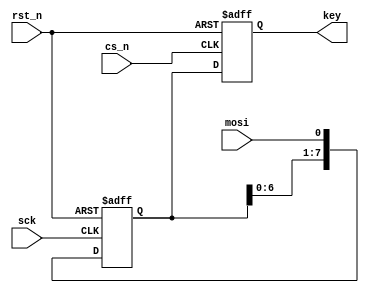
`ifndef KEYBOARD_H
`define KEYBOARD_H

module Keyboard (
	input wire rst_n,
	input wire sck,
	input wire mosi,
	input wire cs_n,
	output reg [7:0] key
);
	reg [7:0] key_pre;
	
	initial begin
		key = 8'd0;
		key_pre = 8'd0;
	end
	
	// key
	always @(posedge cs_n or negedge rst_n) begin
		if (rst_n == 1'b0) key <= 8'd0;
		else key <= key_pre;
	end
	
	// key_pre
	always @(posedge sck or negedge rst_n) begin
		if (rst_n == 1'b0) key_pre <= 8'd0;
		else key_pre <= {key_pre[6:0], mosi};
	end
	
endmodule

`endif